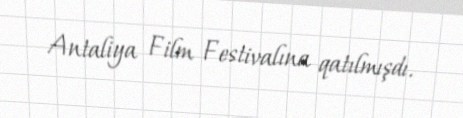
Antaliya Film Festivalına qatılmışdı.